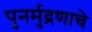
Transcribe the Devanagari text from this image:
पुनर्मुद्रणाचे